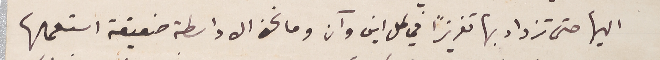
اليها حتى تزداد بها تعزيزاً في كل اين وآن وما نحن الا واسطة ضعيفة استعملها